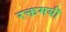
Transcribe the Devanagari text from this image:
रक्तमयी